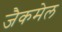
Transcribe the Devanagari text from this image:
जैकमेल